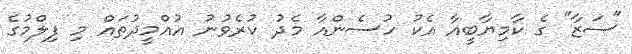
"ސަޒާ" ގެ ކާމިޔާބީއާ އެކު ހުސެންއާ މެދު ކުރެވުނު އުއްމީދުތައް މި ފިލްމުގެ